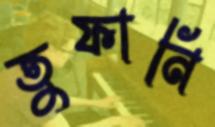
তুফানি